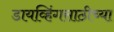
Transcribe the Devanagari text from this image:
डायव्हिंगसाठीच्या